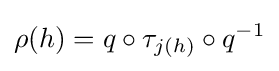
\rho (h)=q\circ \tau _{j(h)}\circ q^{-1}